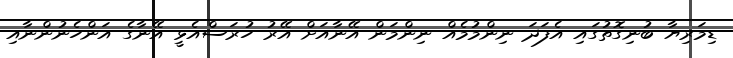
ޑިމަރިޔާ ބުނިގޮތުގައި އެފަދަ ނިންމުމެއް ނިންމަން އޭނާއަށް އޭރު ހުރަސްއެޅީ އޭނާގެ އަންހެނުންނާއި